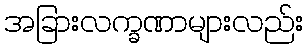
အခြားလက္ခဏာများလည်း